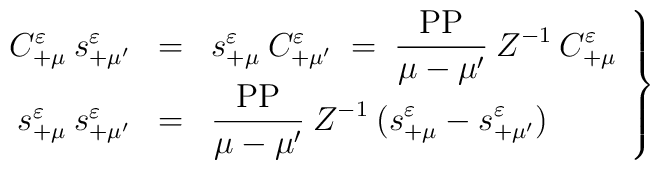
\left. \begin{array}{rcl}C^\varepsilon_{+\mu}\: s^\varepsilon_{+\mu'} &=&s^\varepsilon_{+\mu}\: C^\varepsilon_{+\mu'} \;=\;\displaystyle \frac{\mbox{PP}}{\mu-\mu'}\:Z^{-1}\: C^\varepsilon_{+\mu} \\[.5em]s^\varepsilon_{+\mu}\: s^\varepsilon_{+\mu'} &=&\displaystyle \frac{\mbox{PP}}{\mu-\mu'}\:Z^{-1}\: (s^\varepsilon_{+\mu} - s^\varepsilon_{+\mu'})\end{array} \right\}